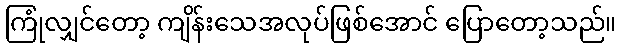
ကြုံလျှင်တော့ ကျိန်းသေအလုပ်ဖြစ်အောင် ပြောတော့သည်။